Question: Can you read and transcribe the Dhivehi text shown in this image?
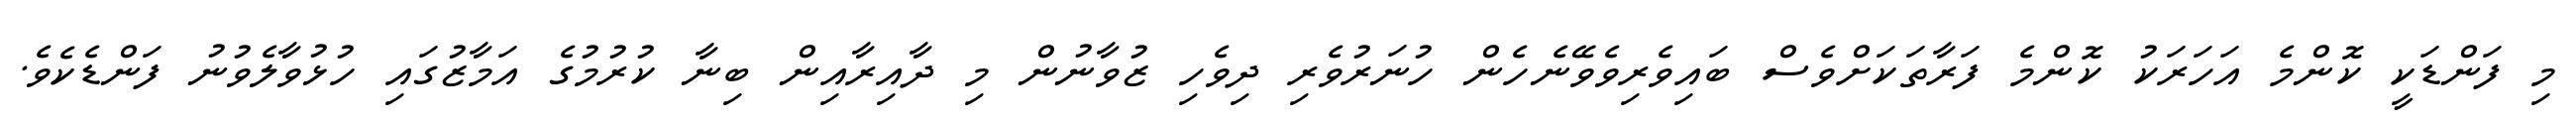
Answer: މި ފަންޑަކީ ކޮންމެ އަހަރަކު ކޮންމެ ފަރާތަކަށްވެސް ބައިވެރިވެވޭނެހެން ހުނަރުވެރި ދިވެހި ޒުވާނުން މި ދާއިރާއިން ބިނާ ކުރުމުގެ އަމާޒުގައި ހުޅުވާލެވުނު ފަންޑެކެވެ.